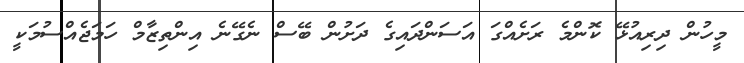
މީހުން ދިރިއުޅޭ ކޮންމެ ރަށެއްގަ އަސަންދައިގެ ދަށުން ބޭސް ނެގޭނެ އިންތިޒާމް ހަމަޖެއްސުމަކީ